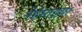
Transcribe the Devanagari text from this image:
नेहेमाइया